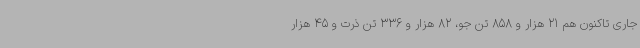
جاری تاکنون هم 21 هزار و 858 تن جو، 82 هزار و 336 تن ذرت و 45 هزار